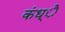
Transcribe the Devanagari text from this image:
कंध्े